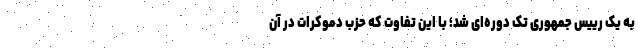
به یک رییس جمهوری تک دوره‌ای شد؛ با این تفاوت که حزب دموکرات در آن